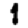
Digit: 1